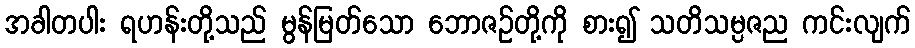
အခါတပါး ရဟန်းတို့သည် မွန်မြတ်သော ဘောဇဉ်တို့ကို စား၍ သတိသမ္ပဇည ကင်းလျက်